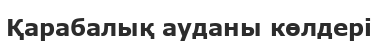
Қарабалық ауданы көлдері